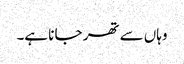
وہاں سے تھر جا نا ہے۔